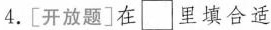
4.[开放题]在\Box里填合适